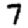
Digit: 7